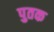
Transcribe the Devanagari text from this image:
पुतक